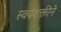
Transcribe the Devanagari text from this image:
स्वयंशक्तीने